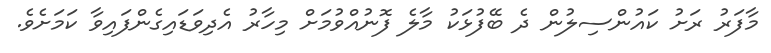
މާފަރު ރަށު ކައުންސިލުން ދެ ބޭފުޅަކު މާލެ ފޮނުއްވުމަށް މިހާރު އެދިވަޑައިގެންފައިވާ ކަމަށެވެ.